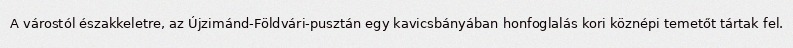
A várostól északkeletre, az Újzimánd-Földvári-pusztán egy kavicsbányában honfoglalás kori köznépi temetőt tártak fel.